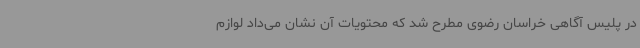
در پلیس آگاهی خراسان رضوی مطرح شد که محتویات آن نشان می‌داد لوازم